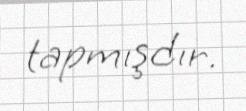
tapmışdır.